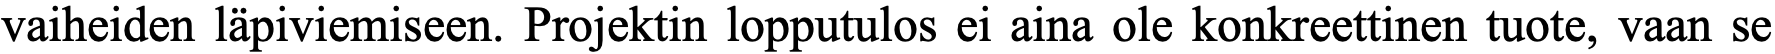
vaiheiden läpiviemiseen. Projektin lopputulos ei aina ole konkreettinen tuote, vaan se